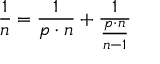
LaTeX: { \frac { 1 } { n } } = { \frac { 1 } { p \cdot n } } + { \frac { 1 } { \frac { p \cdot n } { n - 1 } } }